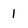
Character: 1